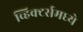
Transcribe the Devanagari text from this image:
व्हिक्टर्समध्ये